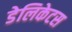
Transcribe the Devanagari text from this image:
डेलिकेटस